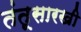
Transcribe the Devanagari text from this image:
तंतूसारखी